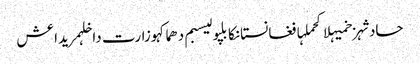
حادثہزخمیہلاکحملہافغانستانکابلپولیسبم دھماکہوزارت داخلہمریداعش